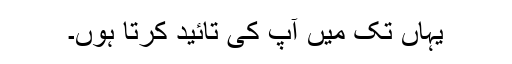
یہاں تک میں آپ کی تائید کرتا ہوں۔